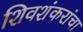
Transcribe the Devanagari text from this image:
शिवशंकरांचा